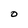
Character: O